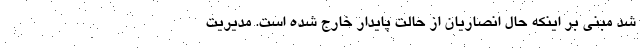
شد مبنی بر اینکه حال انصاریان از حالت پایدار خارج شده است. مدیریت